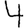
Digit: 4